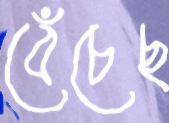
বেঁচেছ